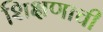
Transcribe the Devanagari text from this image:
शि़क्षणाची